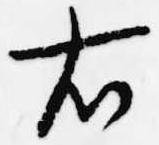
右